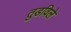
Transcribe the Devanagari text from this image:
तुडविले